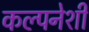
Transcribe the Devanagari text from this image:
कल्पनेशी